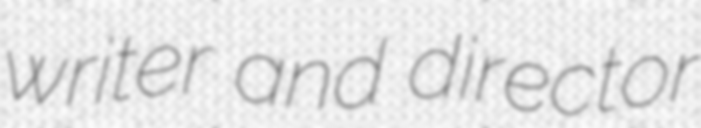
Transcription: writer and director